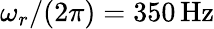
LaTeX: \omega_{r}/(2\pi)=350\, \mathrm{{Hz}}